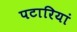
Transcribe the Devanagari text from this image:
पटारियां